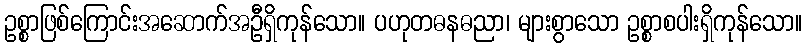
ဥစ္စာဖြစ်ကြောင်းအဆောက်အဦရှိကုန်သော။ ပဟုတဓနဓညာ၊ များစွာသော ဥစ္စာစပါးရှိကုန်သော။